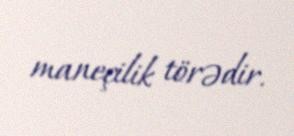
maneçilik törədir.